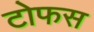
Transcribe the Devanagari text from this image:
टोफस